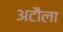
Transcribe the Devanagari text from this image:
अटौला